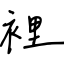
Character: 裡